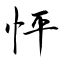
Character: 怦